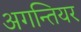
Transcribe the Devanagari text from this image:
अगन्तियर